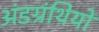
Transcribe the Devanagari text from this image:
अंडग्रंथियों